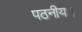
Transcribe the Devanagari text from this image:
पठनीय।